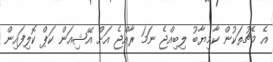
އެ މެޗުތަކުން ކާމިޔާބު ލިބިއްޖެ ނަމަ ރާއްޖެ އަށް އޭޝިއަން ކަޕް ކޮލިފައިން